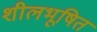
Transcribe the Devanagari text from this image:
शीलभूषित